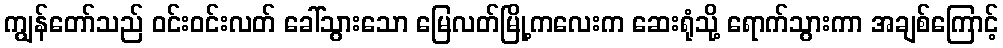
ကျွန်တော်သည် ဝင်းဝင်းလတ် ခေါ်သွားသော မြေလတ်မြို့ကလေးက ဆေးရုံသို့ ရောက်သွားကာ အချစ်ကြောင့်